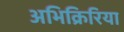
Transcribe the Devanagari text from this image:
अभिक्रिरिया